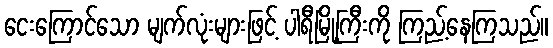
ငေးကြောင်သော မျက်လုံးများဖြင့် ပါရီမြို့ကြီးကို ကြည့်နေကြသည်။